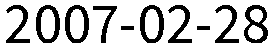
2007-02-28